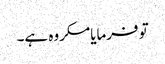
تو فرمایامکروہ ہے۔